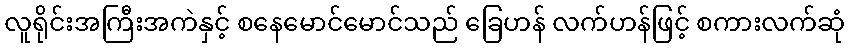
လူရိုင်းအကြီးအကဲနှင့် စနေမောင်မောင်သည် ခြေဟန် လက်ဟန်ဖြင့် စကားလက်ဆုံ